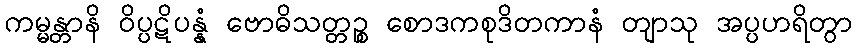
ကမ္မန္တာနိ ဝိပ္ပဋိပန္နံ ဗောဓိသတ္တဉ္စ စောဒကစုဒိတကာနံ တျာသု အပ္ပဟရိတွာ